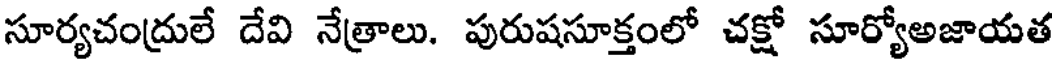
సూర్యచంద్రులే దేవి నేత్రాలు. పురుషసూక్తంలో చక్షో సూర్యోఅజాయత